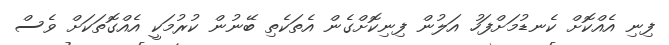
ފިނި އެއްކޮށް ކެނޑުމަށްފަހު އަލުން ފިނިކޮށްގެން އެތަކެތި ބޭނުން ކުރުމަކީ އެއްގޮތަކަށް ވެސް